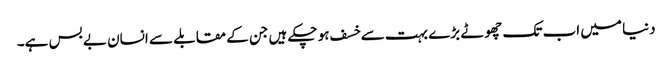
دنیا میں اب تک چھوٹے بڑے بہت سے خسف ہو چکے ہیں جن کے مقابلے سے انسان بے بس ہے۔